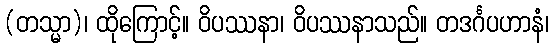
(တသ္မာ)၊ ထိုကြောင့်။ ဝိပဿနာ၊ ဝိပဿနာသည်။ တဒင်္ဂပဟာနံ၊